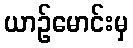
ယာဉ်မောင်းမှ